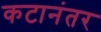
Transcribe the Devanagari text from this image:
कटानंतर